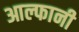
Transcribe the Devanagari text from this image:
आल्फानी